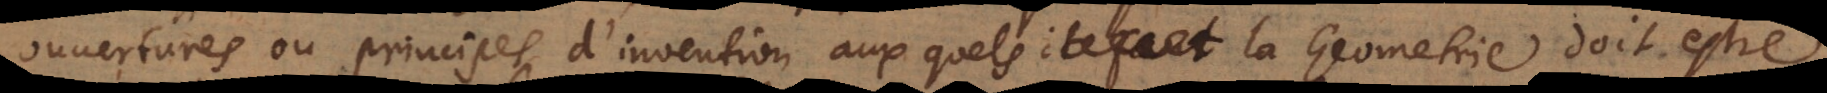
ouvertures ou principes d’invention auxquels la Geometrie doit estre